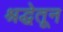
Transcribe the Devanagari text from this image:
श्रद्धेतून